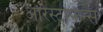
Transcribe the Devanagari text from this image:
अरिस्टोफेन्स